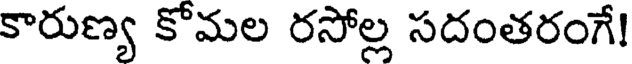
కారుణ్య కోమల రసోల్ల సదంతరంగే!